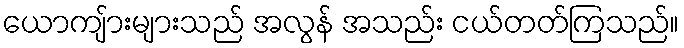
ယောကျ်ားများသည် အလွန် အသည်း ငယ်တတ်ကြသည်။